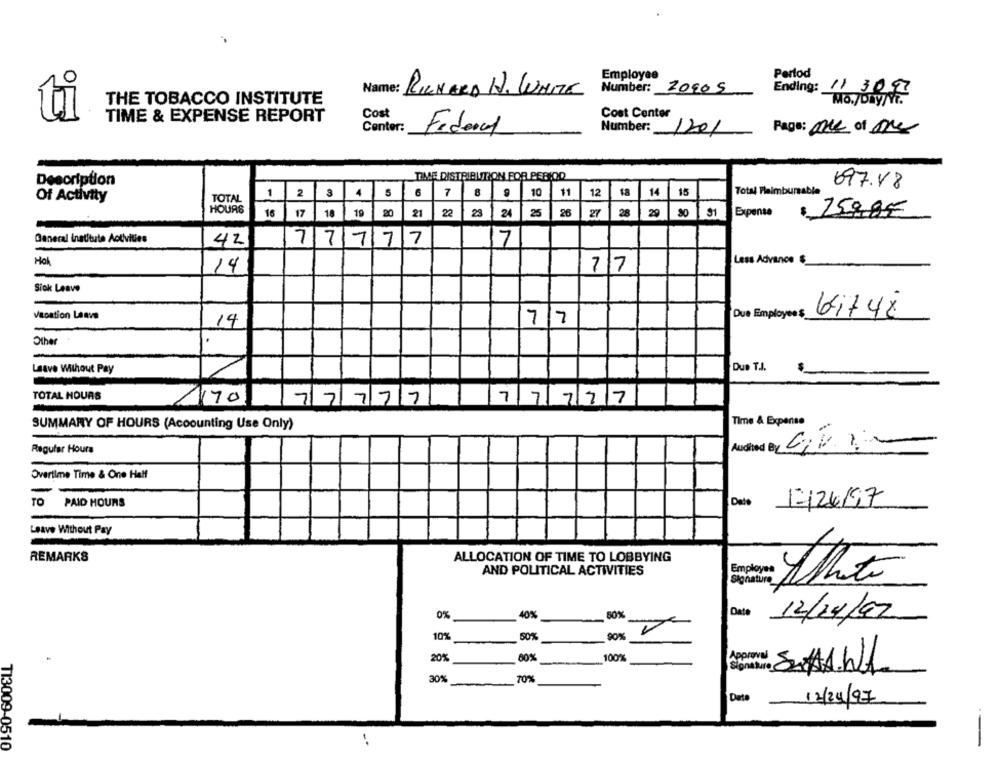
Employee
Pertod
Number:
2000 5
Ending: 11 3097
Name: RICHARD H. WARTE
Mo./Day/Yr.
THE TOBACCO INSTITUTE
Cost
Cost Center
TIME & EXPENSE REPORT
Center:
Page: one of the
Federal
Number: 1201
TIME DISTRIBUTION FOR PERIOD
Description
697.88
14
15
Total Fleimbursable
Of Activity
1 2 3 4 5 6 7 8 9 10 11
12
TOTAL
26
27
28
29
80
91
Expense
$ 250.8€
16 17 18 19 20 21 22 23 24 25
General instituto Aotivities
42
7777 7
7
Less Advance
Hol
77
-
14
Sick Leave
Due Employees
64748
Vacation Laave
7/7
-
14
Other
Due T.J.
Leave Without Pay
TOTAL HOURS
170
77777
77777
SUMMARY OF HOURS (Accounting Use Only)
Time & Expense
Regular Hours
Audited B GP1-
Overtime Time & One Half
TO
PAID HOURS
Date
17/26/97
Leave Without Pay
REMARKS
ALLOCATION OF TIME TO LOBBYING
AND POLITICAL ACTIVITIES
Signature
0%
40%
50%
Date 12/14/97
10%
50%
90%
20%
80%
100%
30%
70%
-
Date 12/24/97
T13009-0510